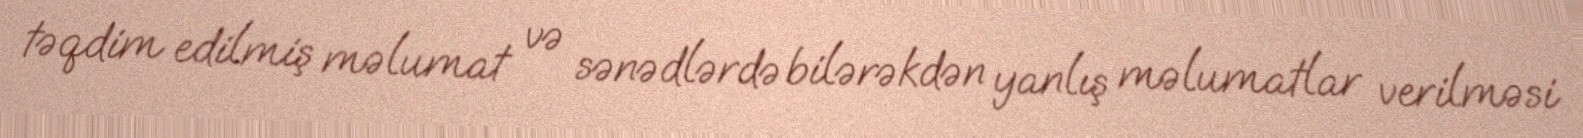
təqdim edilmiş məlumat və sənədlərdə bilərəkdən yanlış məlumatlar verilməsi